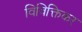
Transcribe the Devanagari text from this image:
विविक्तिकर